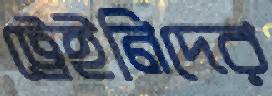
ট্রেইনিদের